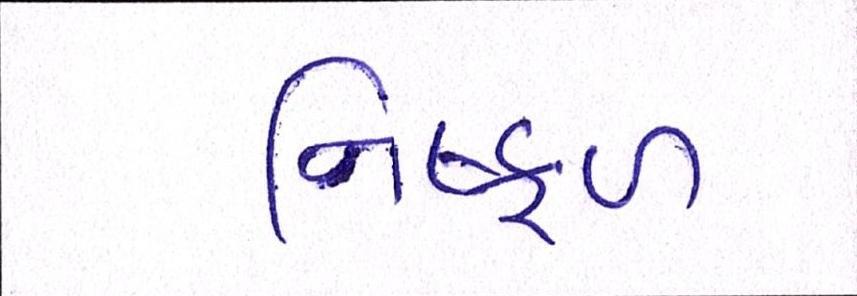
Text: નિષ્ફળ